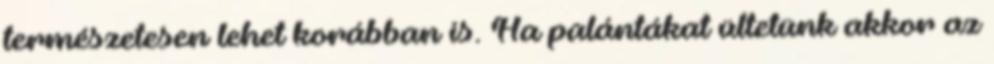
természetesen lehet korábban is. Ha palántákat ültetünk akkor az